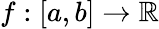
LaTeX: f:[a,b]\rightarrow\mathbb{R}